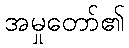
အမှုတော်၏